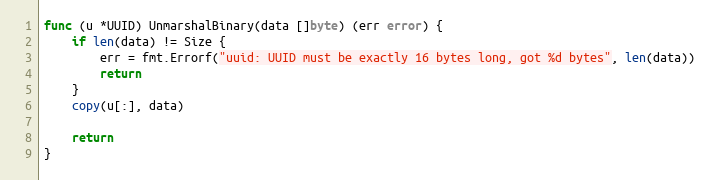
Language: Go
func (u *UUID) UnmarshalBinary(data []byte) (err error) {
	if len(data) != Size {
		err = fmt.Errorf("uuid: UUID must be exactly 16 bytes long, got %d bytes", len(data))
		return
	}
	copy(u[:], data)

	return
}